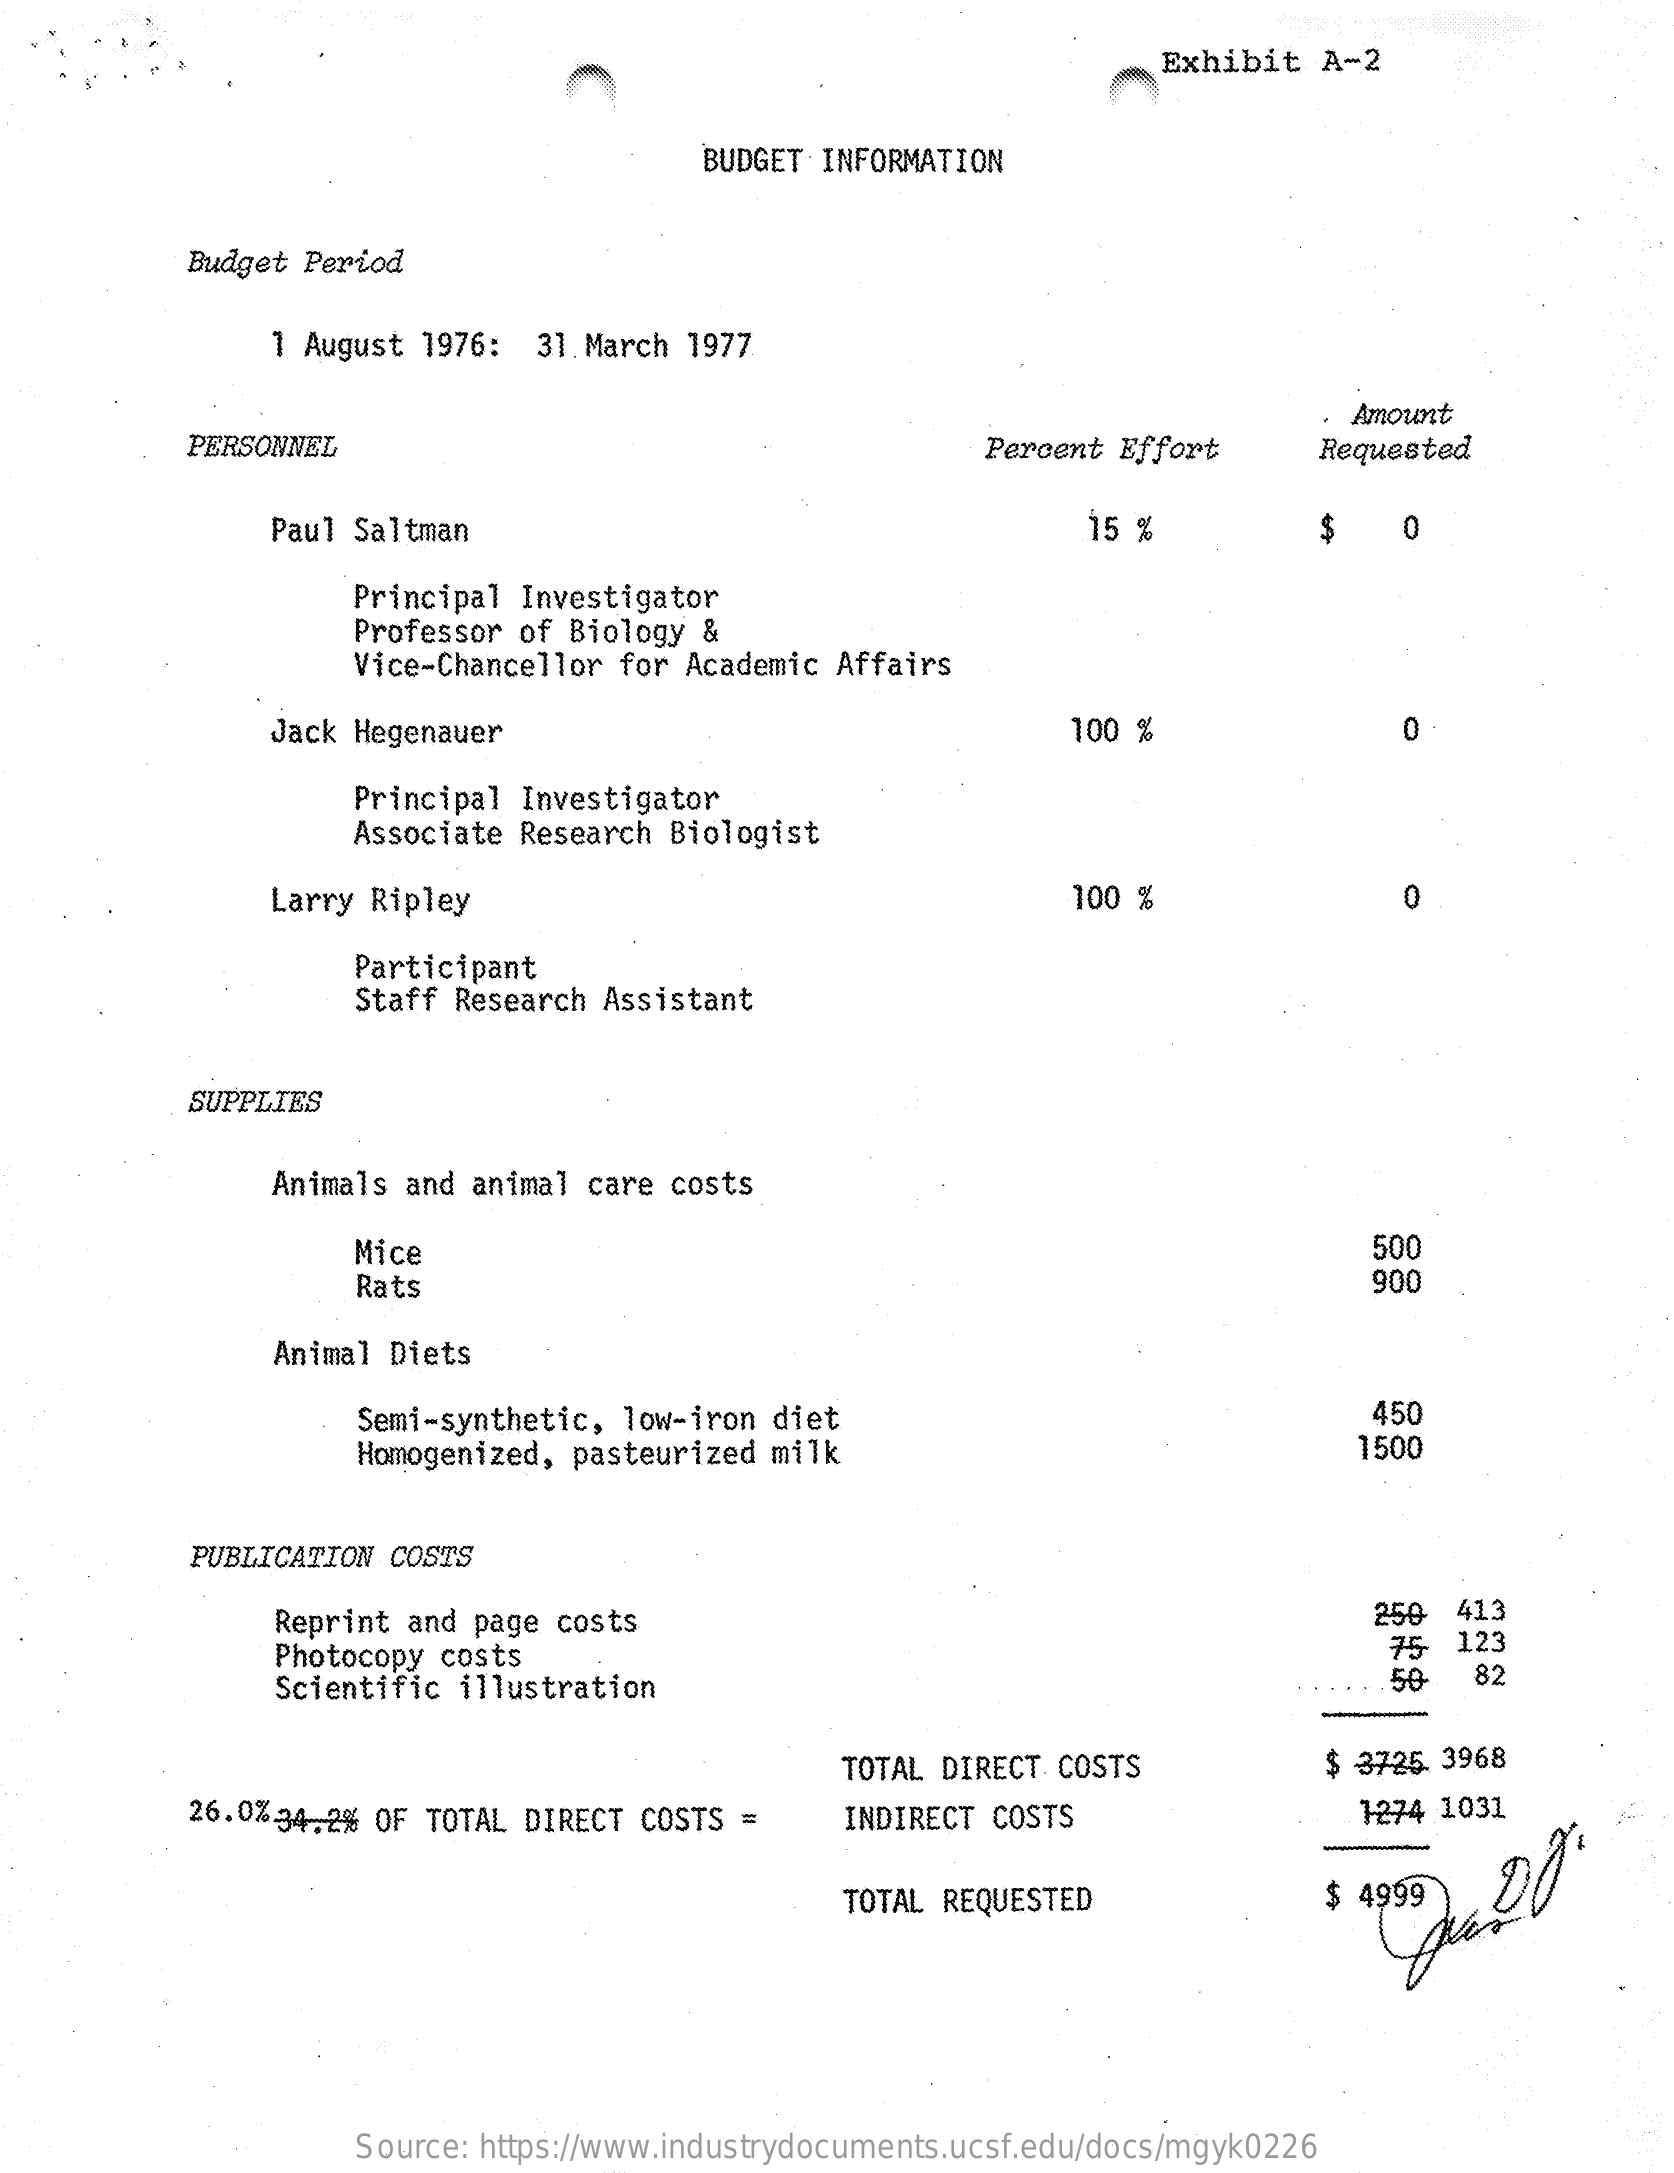
Exhibit   A-2
     BUDGET INFORMATION
     Budget Period
     1 August 1976:  31. March 1977
     PERSONNEL    Percent Effort
     Amount
     Requested
     Paul Saltman    15 %    $    0
     Principal Investigator
     Professor of Biology &
     Vice-Chancellor for Academic Affairs
     Jack Hegenauer    100 %    0
     Principal Investigator
     Associate Research Biologist
     Larry Ripley    100 %    0
     Participant
     Staff Research Assistant
     SUPPLIES
     Animals and animal care costs
     Mice    500
     Rats    900
     Animal Diets
     Semi-synthetic, low-iron diet    450
     Homogenized, pasteurized milk    1500
     PUBLICATION COSTS
     Reprint and page costs    250  413
     Photocopy costs    75  123
     Scientific illustration    50   82
     TOTAL DIRECT COSTS    $ 3725. 3968
     26.0%.34.2% OF TOTAL DIRECT COSTS =    INDIRECT COSTS    1274 1031
     TOTAL REQUESTED
     Source: https://www.industrydocuments.ucsf.edu/docs/mgyk0226